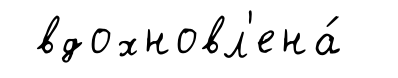
вдохновл'ена́